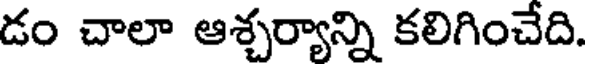
డం చాలా ఆశ్చర్యాన్ని కలిగించేది.